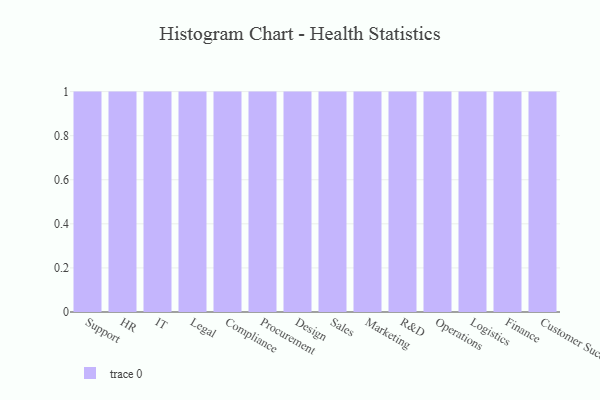
{"axis": {"x": "Department", "y": "Tickets Resolved"}, "legend": [""], "data": [{"x": "Support", "y": 100, "type": ""}, {"x": "HR", "y": 81, "type": ""}, {"x": "IT", "y": 92, "type": ""}, {"x": "Legal", "y": 91, "type": ""}, {"x": "Compliance", "y": 33, "type": ""}, {"x": "Procurement", "y": 73, "type": ""}, {"x": "Design", "y": 7, "type": ""}, {"x": "Sales", "y": 37, "type": ""}, {"x": "Marketing", "y": 96, "type": ""}, {"x": "R&D", "y": 41, "type": ""}, {"x": "Operations", "y": 88, "type": ""}, {"x": "Logistics", "y": 10, "type": ""}, {"x": "Finance", "y": 23, "type": ""}, {"x": "Customer Success", "y": 68, "type": ""}]}